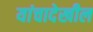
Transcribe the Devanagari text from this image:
यांचादेखील